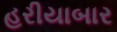
હરીયાબાર